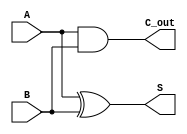
module H_ADDER(A, B, S, C_out);
	input A, B;
	output S, C_out;
	
	assign S = A ^ B;
	assign C_out = A & B;
endmodule